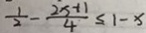
\frac { 1 } { 2 } - \frac { 2 x + 1 } { 4 } \leq 1 - x